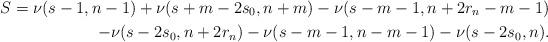
LaTeX: \begin{align*}S=\nu(s-1,n-1)+\nu(s+m-2s_0,n+m)-\nu(s-m-1,n+2r_n-m-1)\\-\nu(s-2s_0,n+2r_n)-\nu(s-m-1,n-m-1)-\nu(s-2s_0,n).\end{align*}